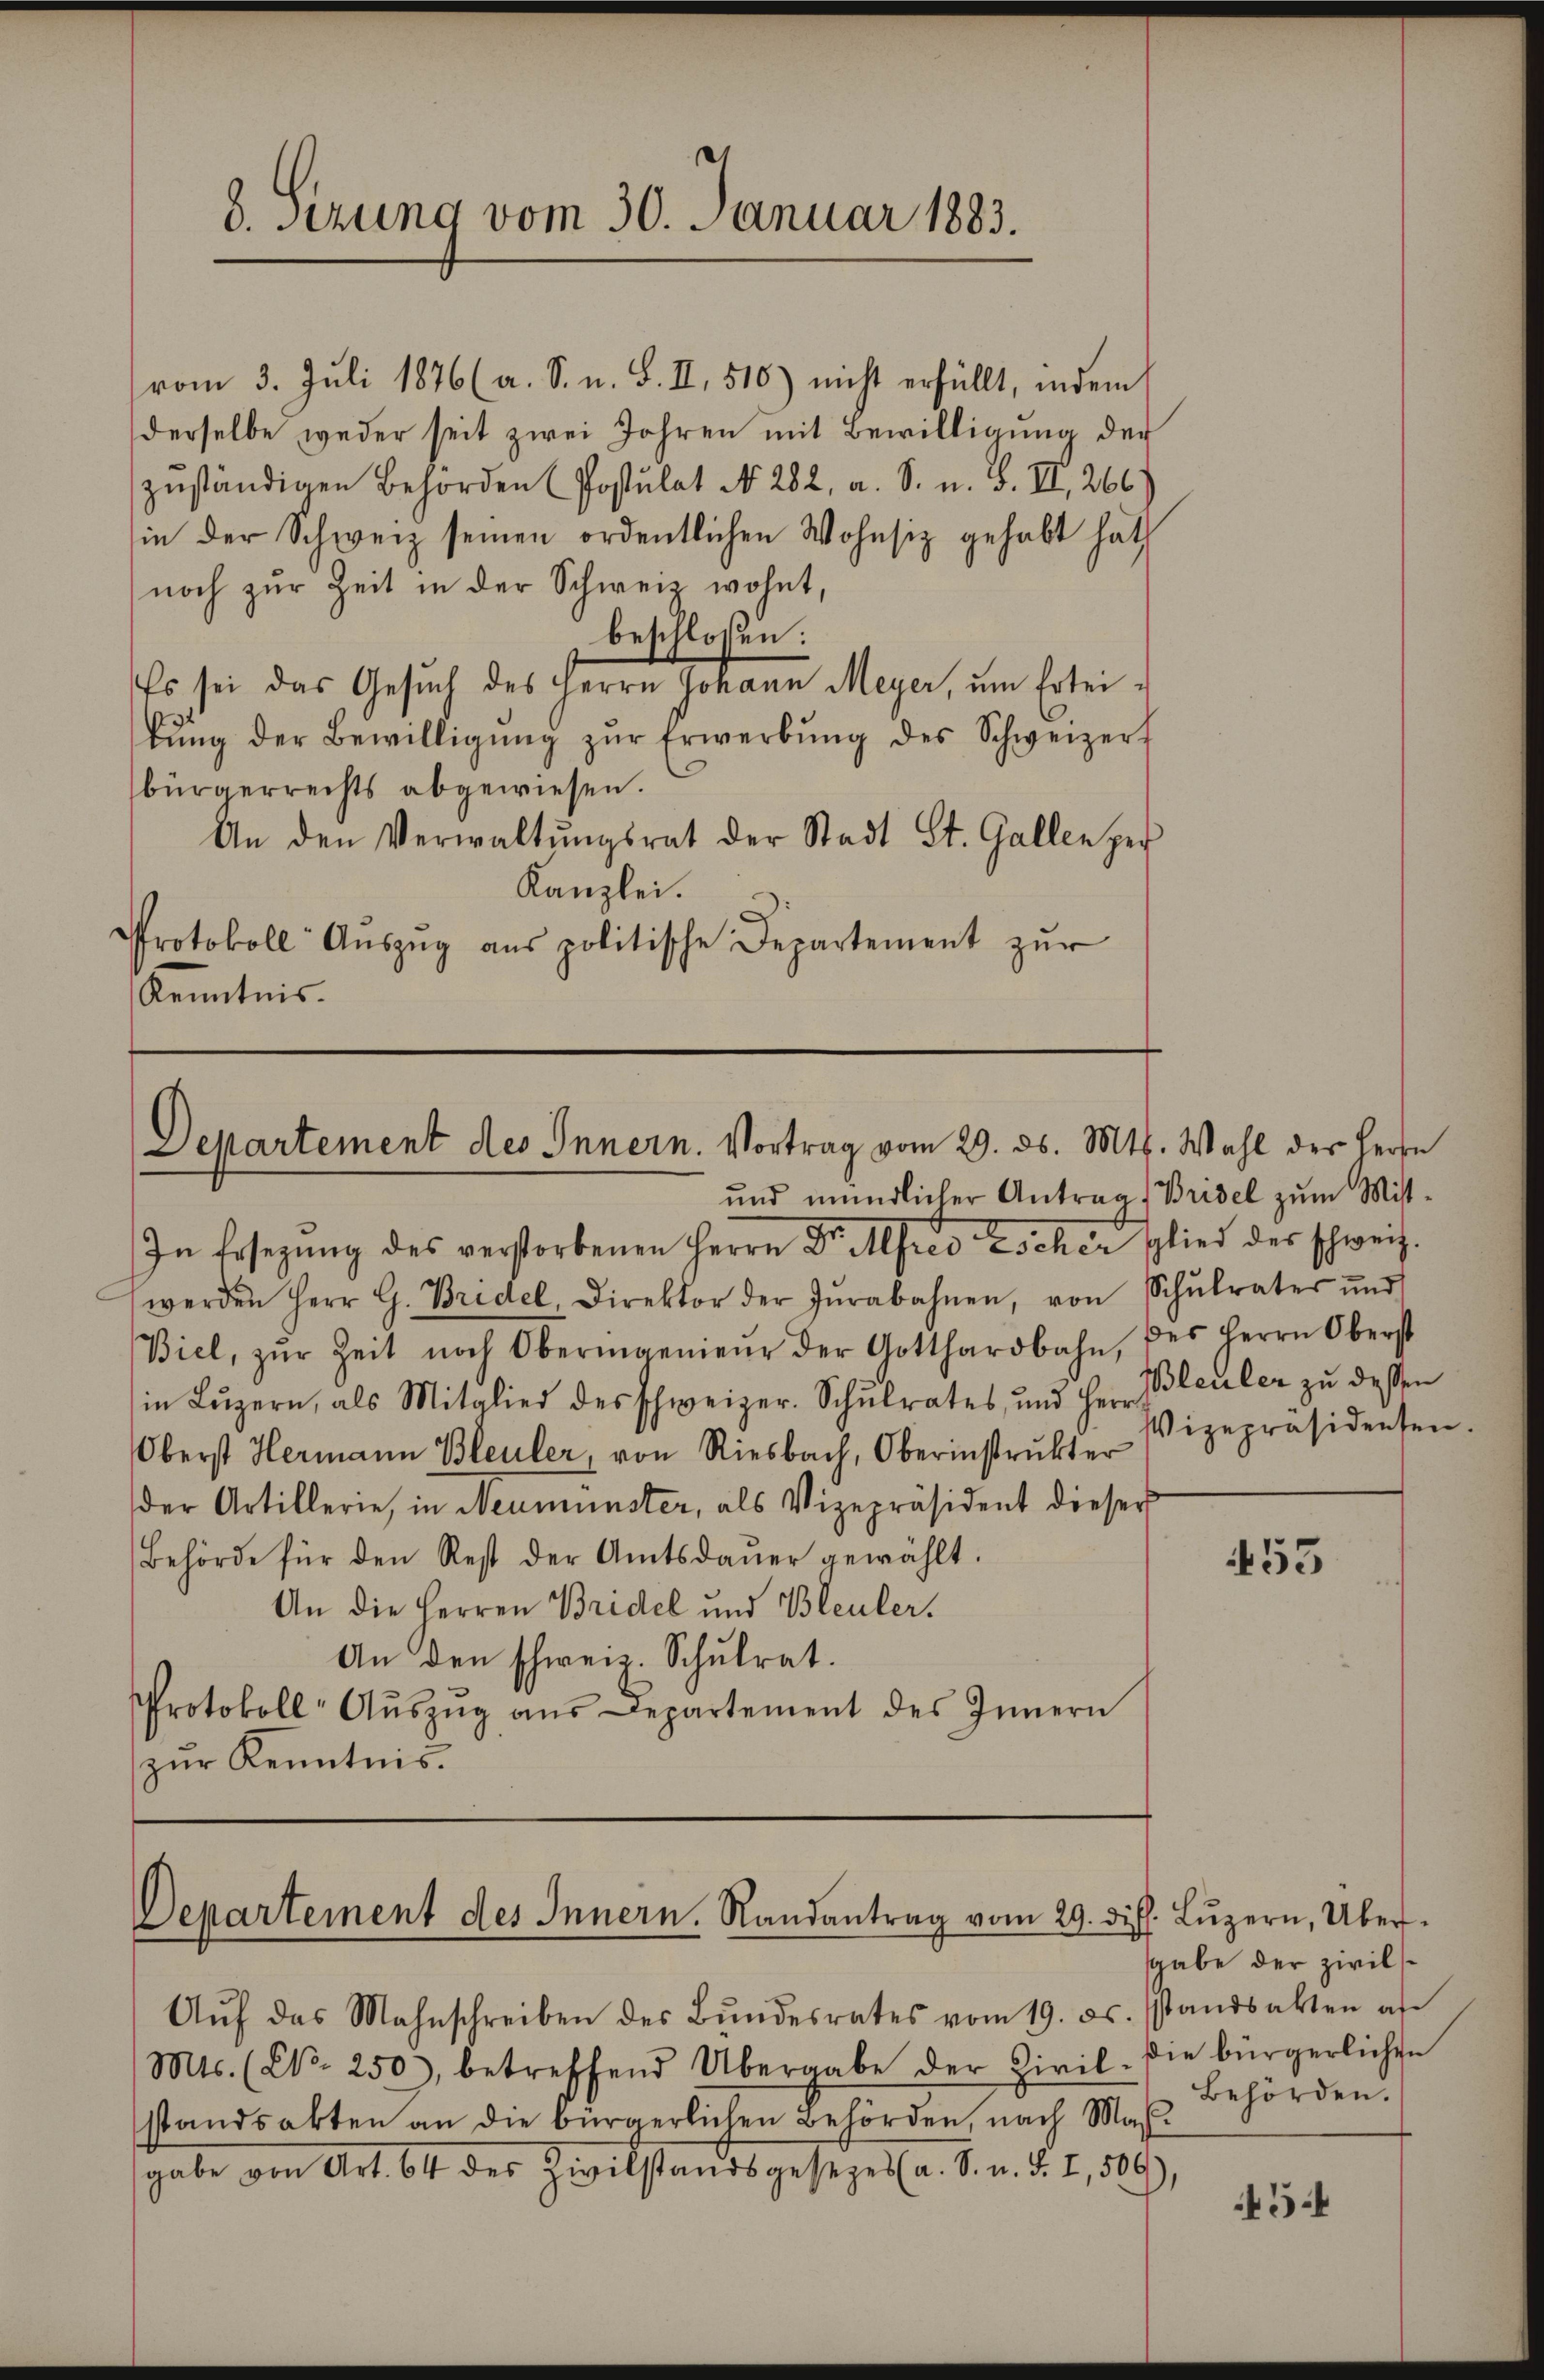
vom 3. Juli 1876 (a. S. u. S. II, 510) nicht erfüllt, indem
derselbe weder seit zwei Jahren mit Bewilligung der
zŭständigen Behörden (Postulat No. 282, a. S. n. F. II., 266
in der Schweiz seinen ordentlichen Wohnsiz gehabt hat
noch zur Zeit in der Schweiz wohnt,
beschlossen:
Es sei das Gesŭch des Herrn Johann Meyer, um Ertei¬
3
bŭng der Bewilligŭng zŭr Erwerbŭng des Schweizer
bürgerrechts abgewiesen.
An den Verwaltŭngsrat der Stadt St. Gallen per
Kanzlei.
Protokoll Aŭszŭg ans politische Departement zŭr
Kenntnis.

und mündlicher Antrag, Brisel zum Mitt-
In Ersezung des verstorbenen Herrn Dr. Alfred Escher Glied der schweiz.
werden Herr G. Bridel, Direktor der Jŭrabahnen, von Schŭlrater und
Biel, zŭr Zeit noch Oberingenieŭr der Gotthardbahn, des Herrn Oberst
in Lŭzern, als Mitglied des Schweizer. Schŭlrates, und Herr Bleuler zŭ dessen
Oberst Hermann Bleuler, von Riesbach, Oberinstrŭkter
der Artillerie, in Neumünster, als Vizepräsident dieser
Behörde für den Rest der Amtsdaŭer gewählt.
An die Herren Bridel und Bleuler.
An den schweiz. Schulrat.
Protokoll- Aŭszŭg aŭs Departement des Innern
zur Kenntnis.

8. sezung vom 30. Januar 1883.

Departement des Innern. Vortrag vom 29. ds. Mts. Wahl der Herrn

Departement des Innern. Randantrag vom 29. dif. Lŭzern, Über-

Vizepräsidenten

453

sgabe der Zivils
ssstandsakten al
Behörden.

Aŭf das Mahnschreiben des Bŭndesrates vom 19. ds.
Mts. (Ct. 250, betreffend Übergabe der Zivil. Die bürgerlichen
sstandsakten an die bürgerlichen Behörden, nach Mas-
gabe von Art. 64 des Zivilstandsgesezes (a. S. u. d. I, 509),

45.